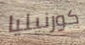
كورنيليا